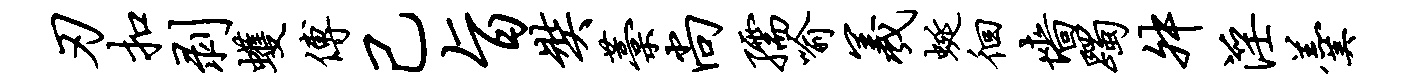
刃扣剥蠖傅己旨奘藁尚孺喻羲蜒徊墙躅舛淫羹